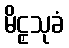
မိဠှသုခံ